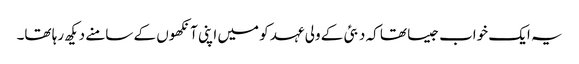
یہ ایک خواب جیسا تھا کہ دبئی کے ولی عہد کو میں اپنی آنکھوں کے سامنے دیکھ رہا تھا۔